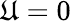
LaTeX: \mathfrak{U}=0